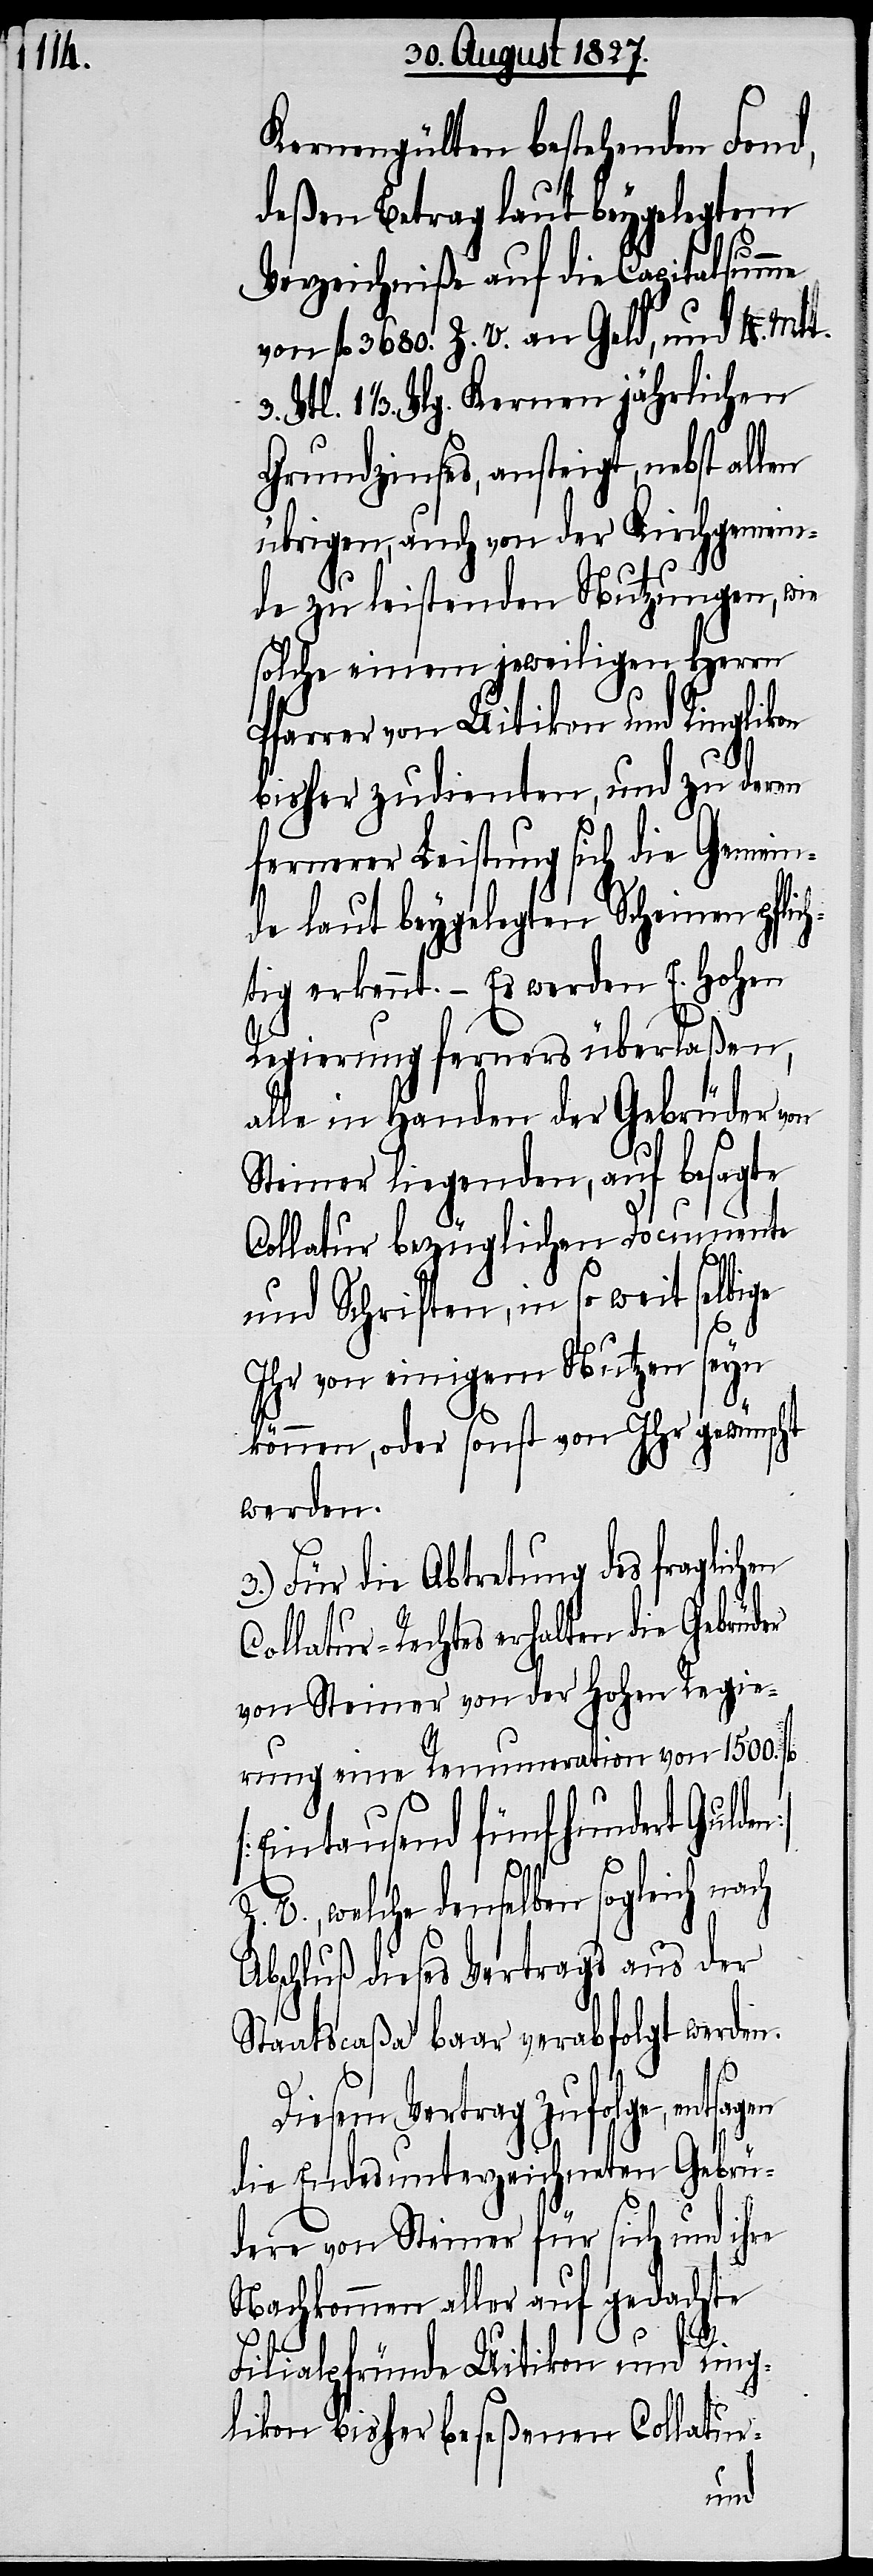
Kernengülten bestehenden Fond,
deßen Betrag laut beygelegtem
gen
Verzeichniße auf die Capitalsumme
von fl. 3680. Z. V. an Geld, und 4. Mtt.
Vtl. 1 1/3. Vlg. Kernen jährlichen
Grundzinses, ansteigt, nebst allen
übrigen, auch von der Kirchgemein¬
de zu leistenden Nutzungen, wie
solche einem jeweiligen Herrn
Pfarrer von Uitikon und Ringlikon
bisher zudienten, und zu deren
fernerer Leistung sich die Gemein¬
de laut beygelegten Scheinen pflic¬
htig erkennt. – Es werden E. Hohen
Regierung ferners überlaßen,
alle in Handen der Gebrüder von
Steiner liegenden, auf besagte
Collatur bezüglichen Documente
und Schriften, in so weit selbige
Ihr von einigem Nutzen seyn
können, oder sonst von Ihr gewünscht
werden.
3.) Für die Abtretung des fraglichen
Collatur-Rechtes erhalten die Gebrüder
von Steiner von der Hohen Regie¬
rung eine Renumeration von 1500. fl.
[Eintausend fünfhundert Gulden]
Z.
V., welche denselben sogleich nach
Abschluß dieses Vertrags aus der
Staatscaßa baar verabfolgt werden.
3.
Diesem Vertrag zufolge, entsa¬
die Endesunterzeichneten Gebrü¬
dere von Steiner für sich und ihre
Nachkommen aller auf gedachte
Filialpfründe Uitikon und Ring¬
likon bisher beseßenen Collatur-